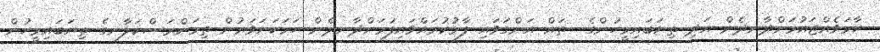
ހާމަވެއްޖައުމަށްދާނދެން އަދި ތިޔަބައިމީހުންގެ  ތައް އަންގަވައި ފާޅުކުރައްވައިފުމަށްދާނދެން ހަމަކަށަވަރުން ތިމަންރަސްކަލާނގެ ތިޔަބައިމީހުން